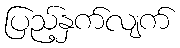
ပြည့်နှက်လျက်